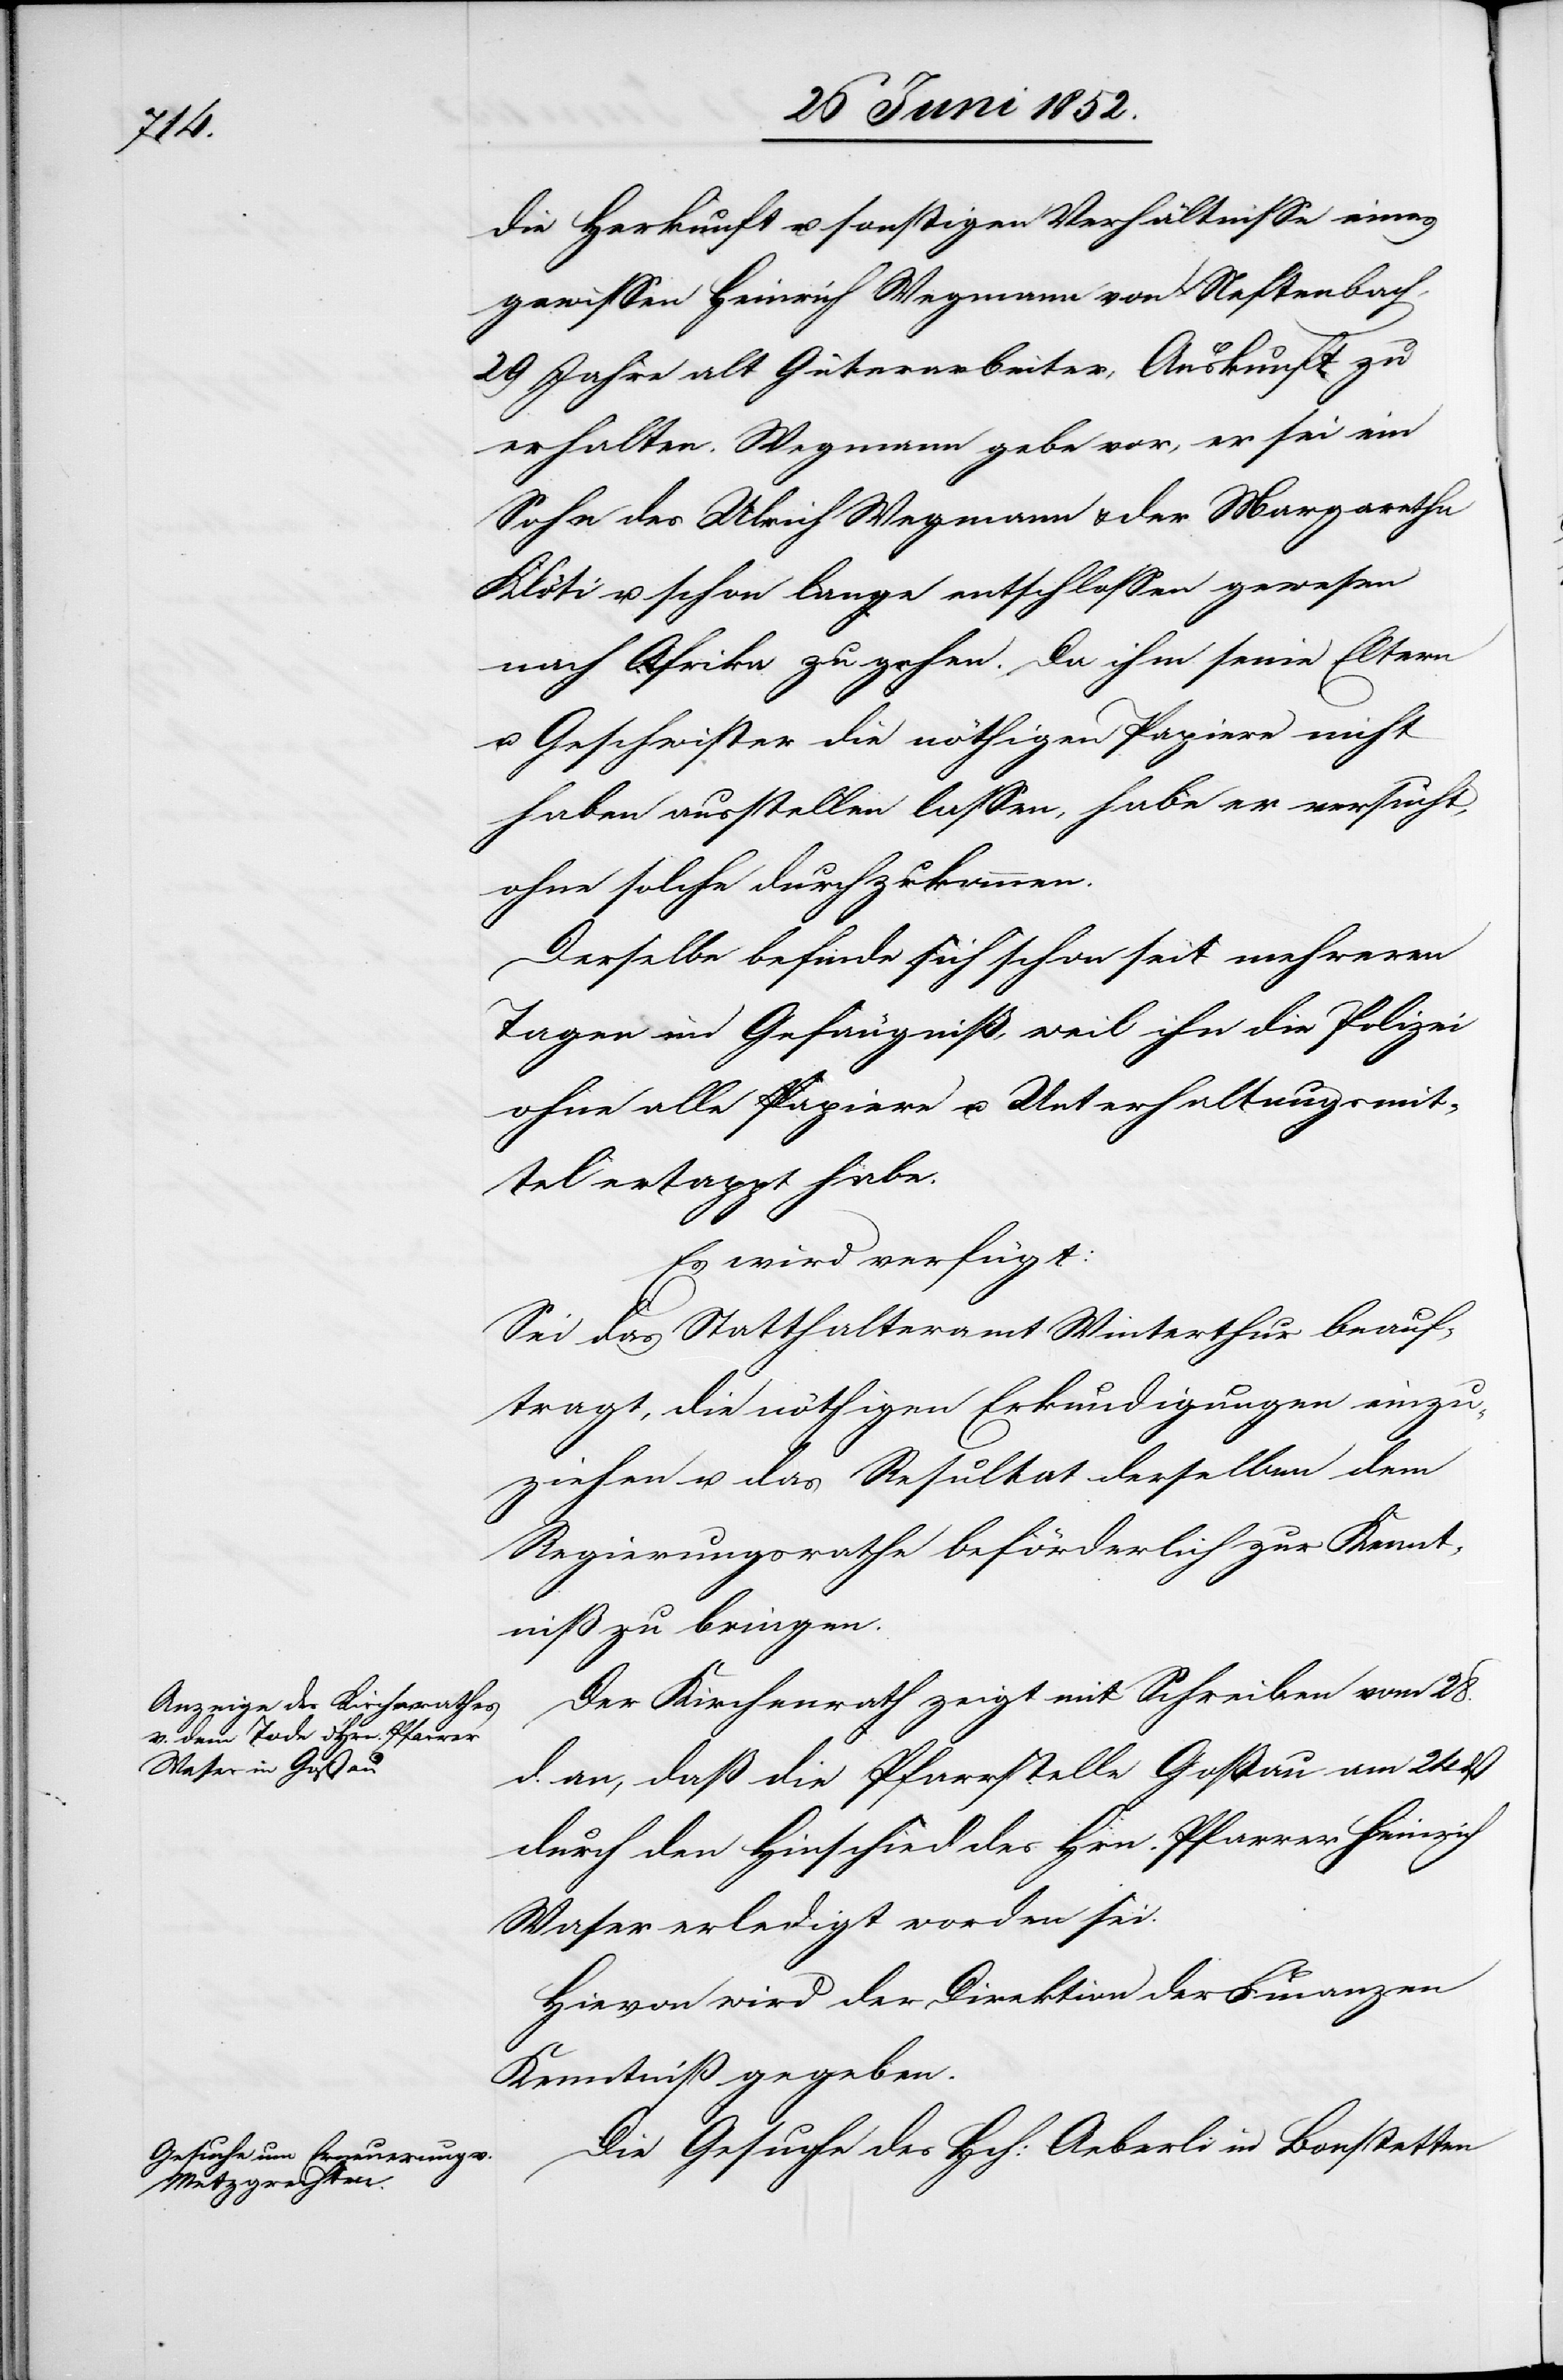
29 Juni 1852.]
die Herkunft u. sonstigen Verhältnisse eines
gewissen Heinrich Wegmann von Neftenbach,
29 Jahre alt Güterarbeiter, Auskunft zu
erhalten. Wegmann gebe vor, er sei ein
Sohn des Ulrich Wegmann & der Margaretha
Klöti u. schon lange entschlossen gewesen
nach Afrika zu gehen. Da ihm seine Eltern
u. Geschwister die nöthigen Papiere nicht
haben ausstellen lassen, habe er versucht,
ohne solche durchzukommen.
Derselbe befinde sich schon seit mehreren
Tagen im Gefängniß, weil ihn die Polizei
ohne alle Papiere u. Unterhaltungsmit¬
tel ertappt habe.
Es wird verfügt:
Sei das Statthalteramt Winterthur beauf¬
tragt, die nöthigen Erkundigungen einzu¬
ziehen u. das Resultat derselben dem
Regierungsrathe beförderlich zur Kennt¬
niß zu bringen.
Der Kirchenrath zeigt mit Schreiben vom 28.
d. an, daß die Pfarrstelle Goßau am 24 dß
durch den Hinschied des Hrn. Pfarrer Heinrich
Waser erledigt worden sei.
Hievon wird der Direktion der Finanzen
Kenntniß gegeben.
Die Gesuche des Hch: Aeberli in Bonstetten[,]